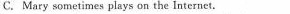
C. Mary sometimes plays on the lnternet.